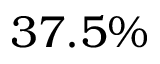
3 7 . 5 \%